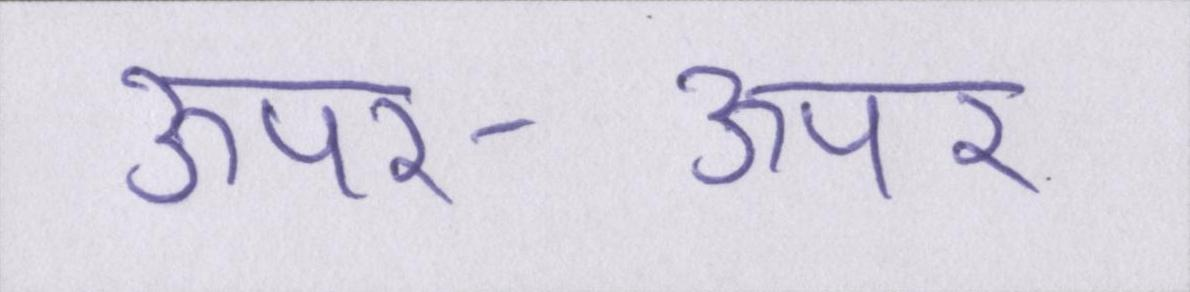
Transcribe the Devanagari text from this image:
ऊपर-ऊपर